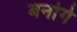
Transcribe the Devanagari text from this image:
बनोगे